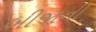
બીજાની